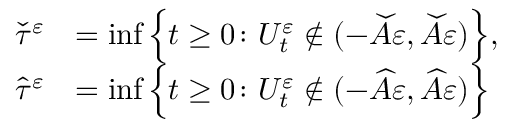
\begin{array} { r l } { \widecheck \tau ^ { \varepsilon } } & { = \operatorname* { i n f } \Big \{ t \geq 0 \colon U _ { t } ^ { \varepsilon } \notin ( - \widecheck A \varepsilon , \widecheck A \varepsilon ) \Big \} , } \\ { \widehat \tau ^ { \varepsilon } } & { = \operatorname* { i n f } \Big \{ t \geq 0 \colon U _ { t } ^ { \varepsilon } \notin ( - \widehat A \varepsilon , \widehat A \varepsilon ) \Big \} } \end{array}